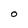
Character: O